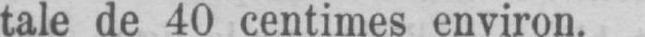
tale de 40 centimes environ.